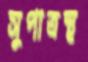
সুপাত্রস্থ